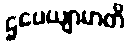
ဌပေယျာမာတိ